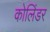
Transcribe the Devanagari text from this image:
कोलिंडर